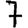
Digit: 7